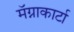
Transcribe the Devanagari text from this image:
मॅग्नाकार्टा